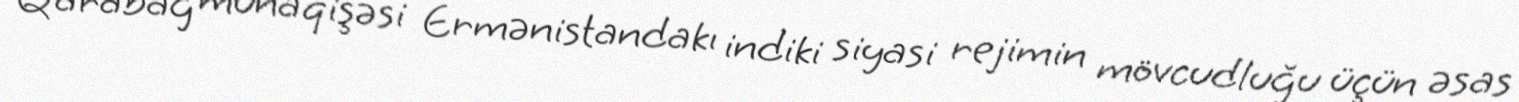
Qarabağ münaqişəsi Ermənistandakı indiki siyasi rejimin mövcudluğu üçün əsas